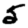
Digit: 5